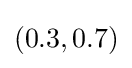
(0.3,0.7)